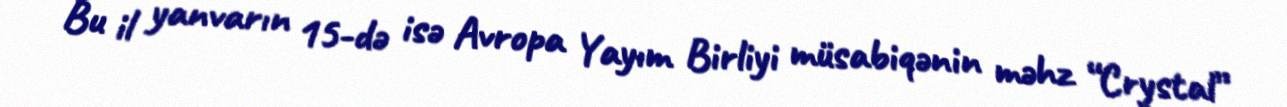
Bu il yanvarın 15-də isə Avropa Yayım Birliyi müsabiqənin məhz “Crystal”